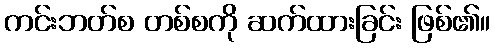
ကင်းဘတ်စ တစ်စကို ဆက်ထားခြင်း ဖြစ်၏။